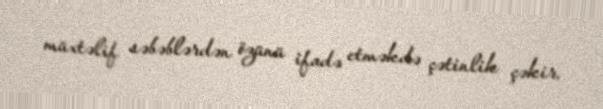
müxtəlif səbəblərdən özünü ifadə etməkdə çətinlik çəkir.